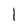
Character: l